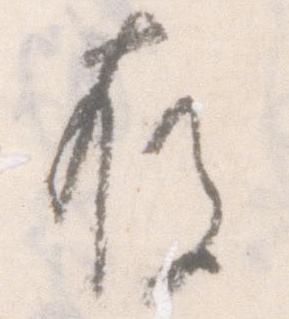
存